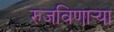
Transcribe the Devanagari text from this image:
रुजविणार्‍या